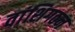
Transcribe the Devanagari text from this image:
वांशिगठन